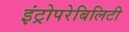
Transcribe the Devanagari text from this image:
इंट्रोपरेबिलिटी